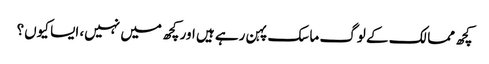
کچھ ممالک کے لوگ ماسک پہن رہے ہیں اور کچھ میں نہیں، ایسا کیوں؟